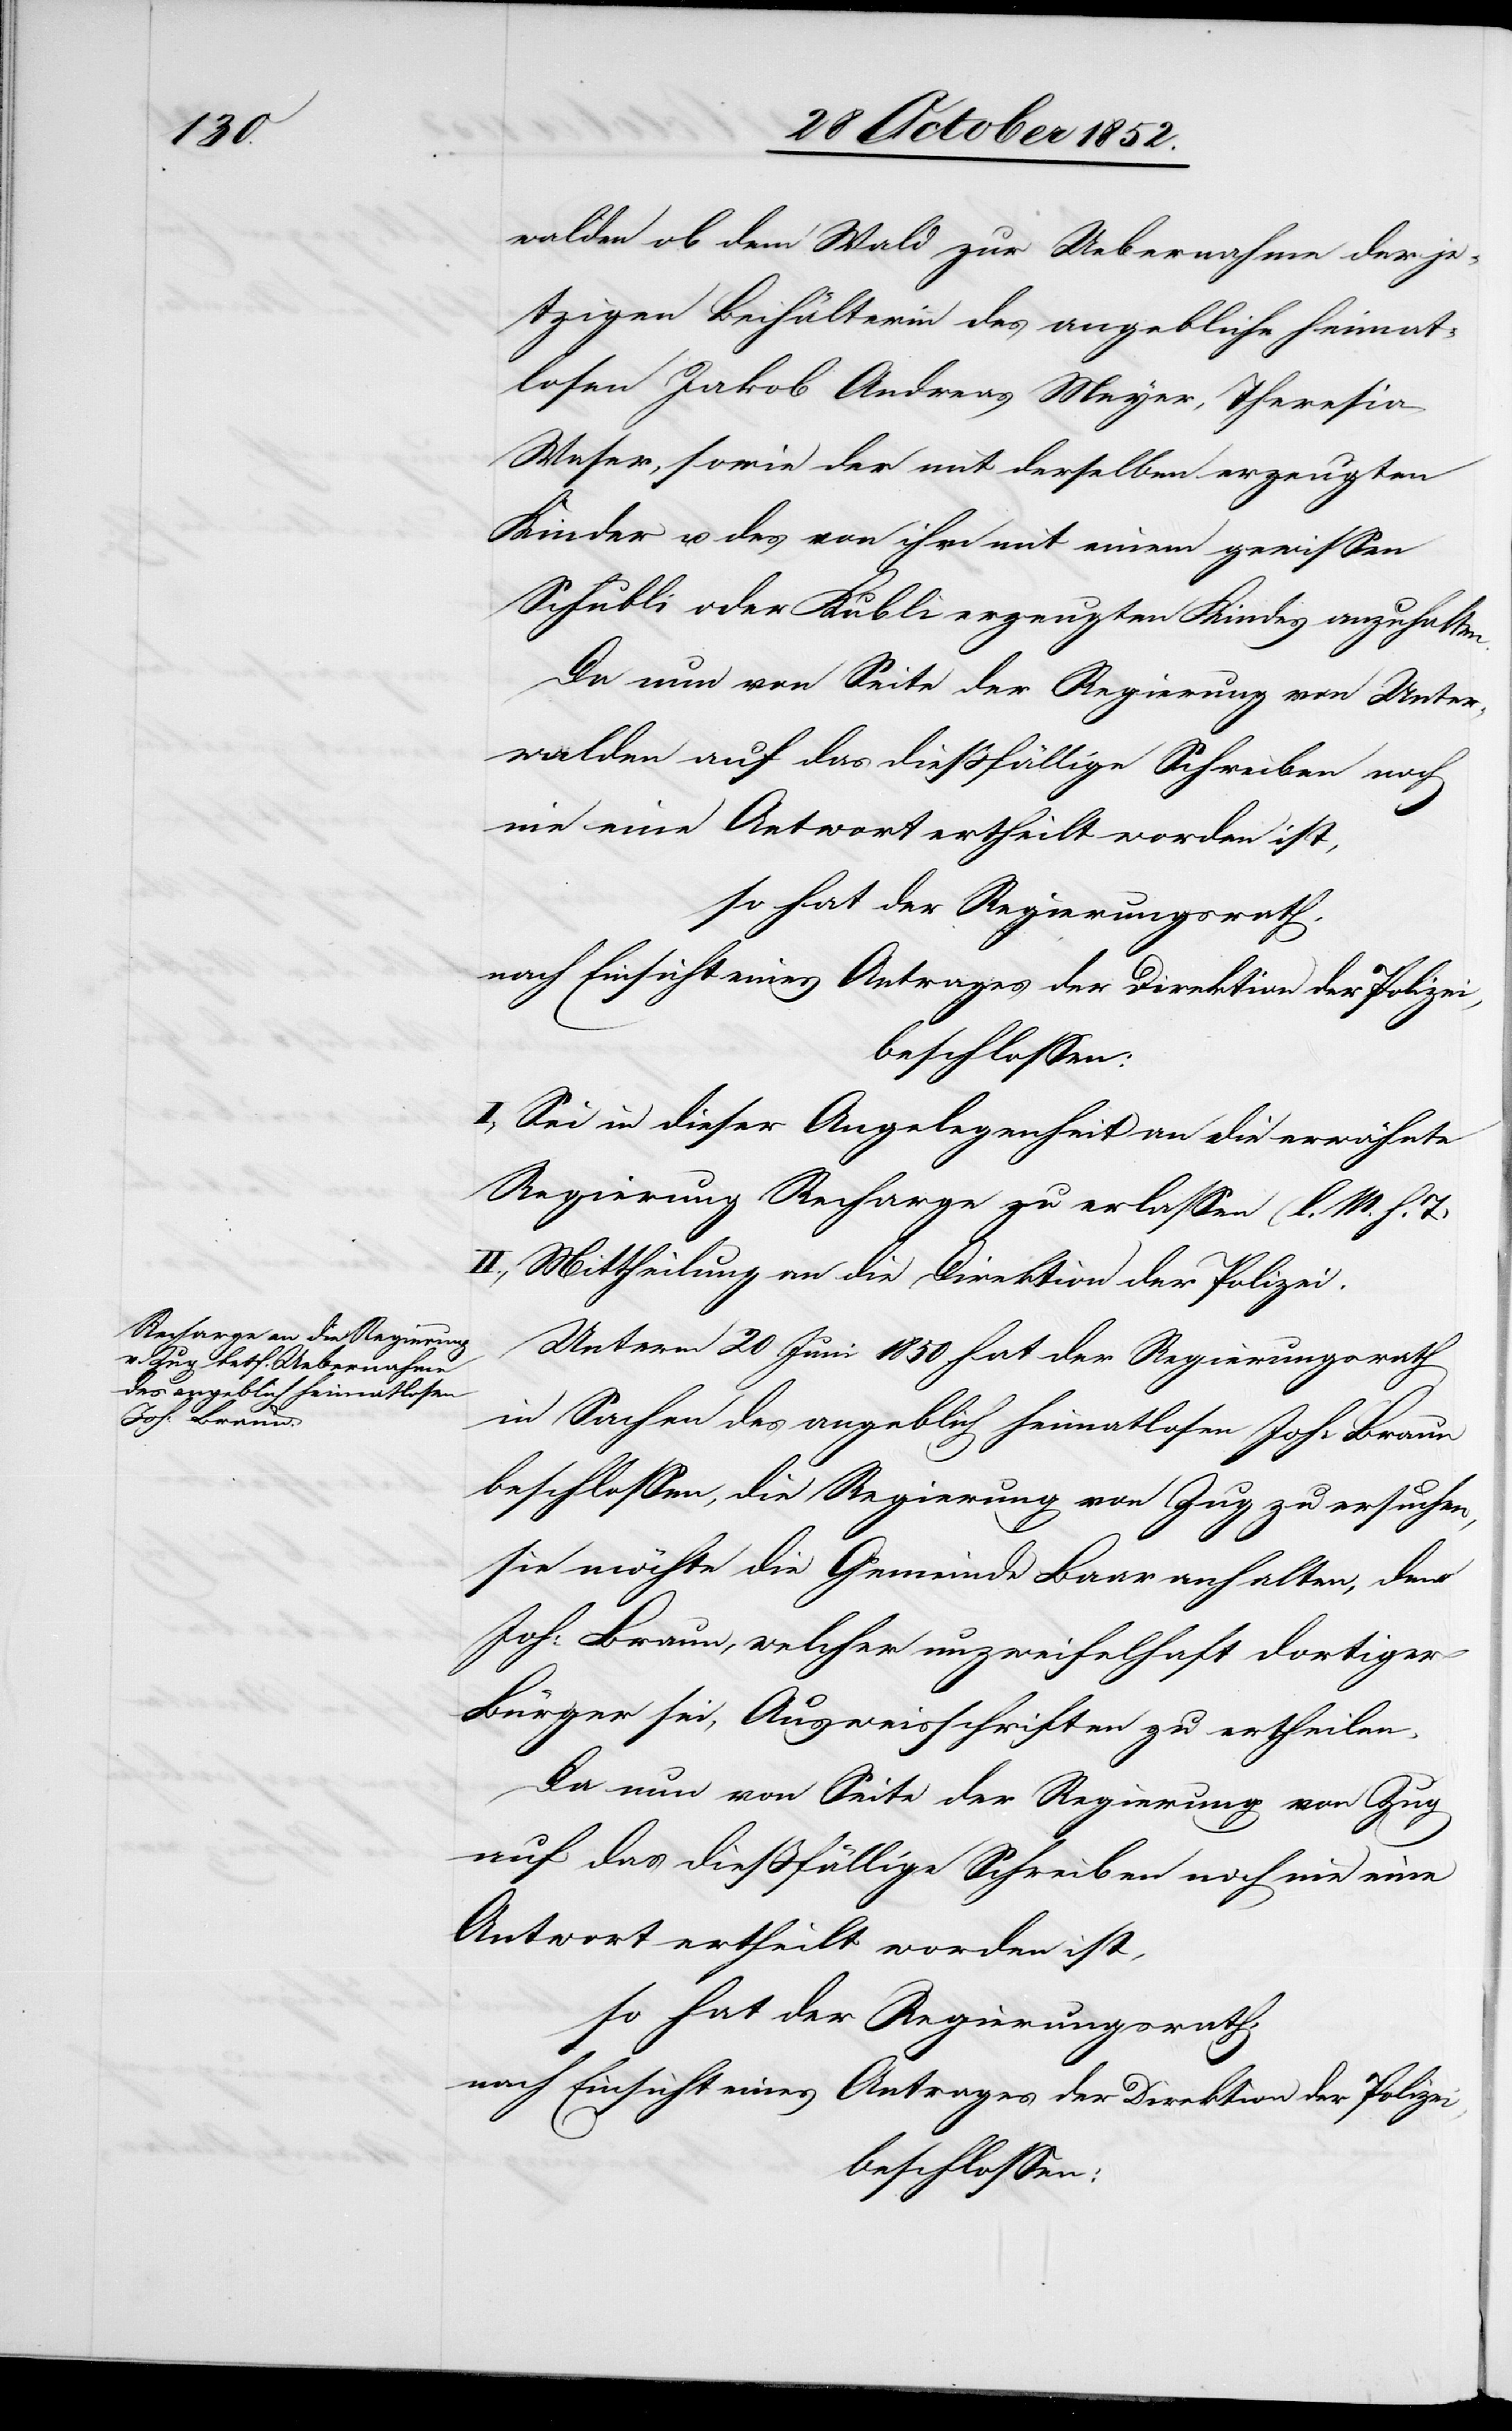
heimat¬

walden ob dem Wald zur Uebernahme der je¬
tzigen Beihälterin des angebliche [sic!]
losen Jakob Andreas Meyer [sic!], Theresia
Waser, sowie der mit derselben erzeugten
Kinder u. des von ihr mit einem gewissen
Schubli oder Kubli erzeugten Kindes anzuhalten.
Da nun von Seite der Regierung von Unter¬
walden auf das dießfällige Schreiben noch
nie eine Antwort ertheilt worden ist,
beschlossen:
I., Sei in dieser Angelegenheit an die erwähnte
Regierung Recharge zu erlassen (l. M. h. T)
II., Mittheilung an die Direktion der Polizei.
Unterm 20 Juni 1850 hat der Regierungsrath
in Sachen des angeblich heimatlosen Joh: Braun
beschlossen, die Regierung von Zug zu ersuchen,
sie möchte die Gemeinde Baar anhalten, dem
Joh: Braun, welcher unzweifelhaft dortiger
Bürger sei, Ausweisschriften zu ertheilen.
Da nun von Seite der Regierung von Zug
auf das dießfällige Schreiben noch nie eine
Antwort ertheilt worden ist,
so hat der Regierungsrath,
nach Einsicht eines Antrages der Direktion der Polizei,
beschlossen: